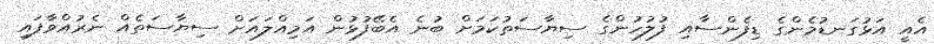
އެއީ އަޅުގަނޑުމެންގެ ޑިފެންސާއި ފުލުހުންގެ ސިޔާސަތުކަމަށް ބުނެ އެބޭފުޅުން އަމިއްލައަށް ސިޔާސަތެއް ނެރުއްވާފައި